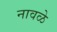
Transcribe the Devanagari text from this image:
नावळे